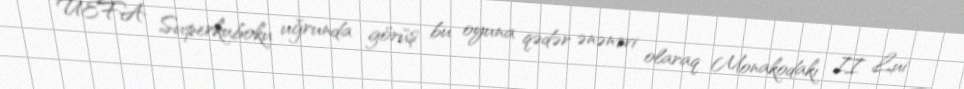
UEFA Superkuboku uğrunda görüş bu oyuna qədər ənənəvi olaraq Monakodakı II Lui